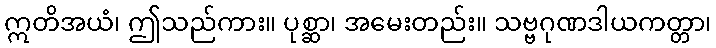
ဣတိအယံ၊ ဤသည်ကား။ ပုစ္ဆာ၊ အမေးတည်း။ သဗ္ဗဂုဏဒါယကတ္တာ၊